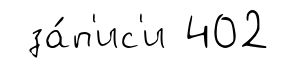
за́п'ис'и 402